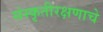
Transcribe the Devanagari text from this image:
संस्कृतीरक्षणाचे